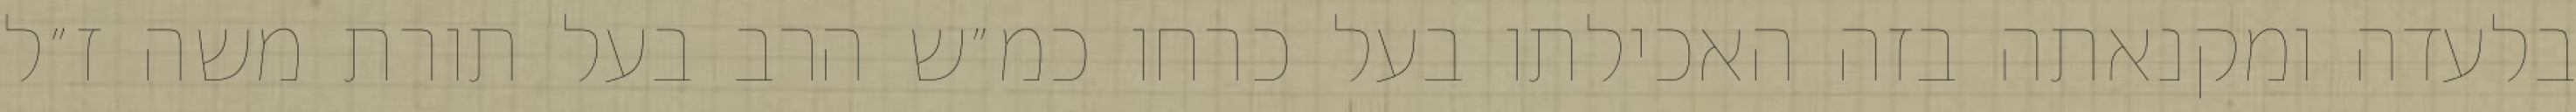
בלעדה ומקנאתה בזה האכילתו בעל כרחו כמ״ש הרב בעל תורת משה ז״ל